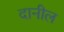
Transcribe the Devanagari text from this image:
दानील